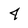
Character: 4